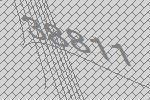
38811